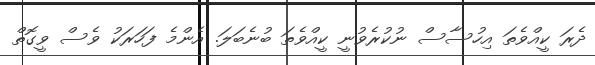
ދެރަ ކީއްވެތަ އިހުސާސް ނުކުރެވުނީ ކީއްވެތަ ބުނެބަލަ. އެންމެ ފަހަރަކު ވެސް ވީގޮތް